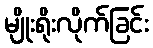
မျိုးရိုးလိုက်ခြင်း